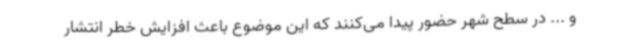
و ... در سطح شهر حضور پیدا می‌کنند که این موضوع باعث افزایش خطر انتشار